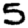
Digit: 5